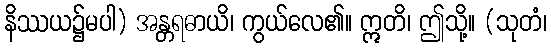
နိဿယ၌မပါ) အန္တရဓာယိ၊ ကွယ်လေ၏။ ဣတိ၊ ဤသို့။ (သုတံ၊